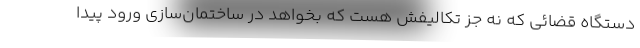
دستگاه قضائی که نه جز تکالیفش هست که بخواهد در ساختمان‌سازی ورود پیدا